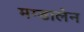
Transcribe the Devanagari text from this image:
मग्डालेन